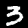
Label: 3